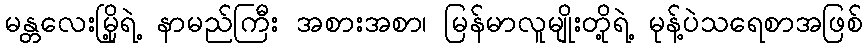
မန္တလေးမြို့ရဲ့ နာမည်ကြီး အစားအစာ၊ မြန်မာလူမျိုးတို့ရဲ့ မုန့်ပဲသရေစာအဖြစ်